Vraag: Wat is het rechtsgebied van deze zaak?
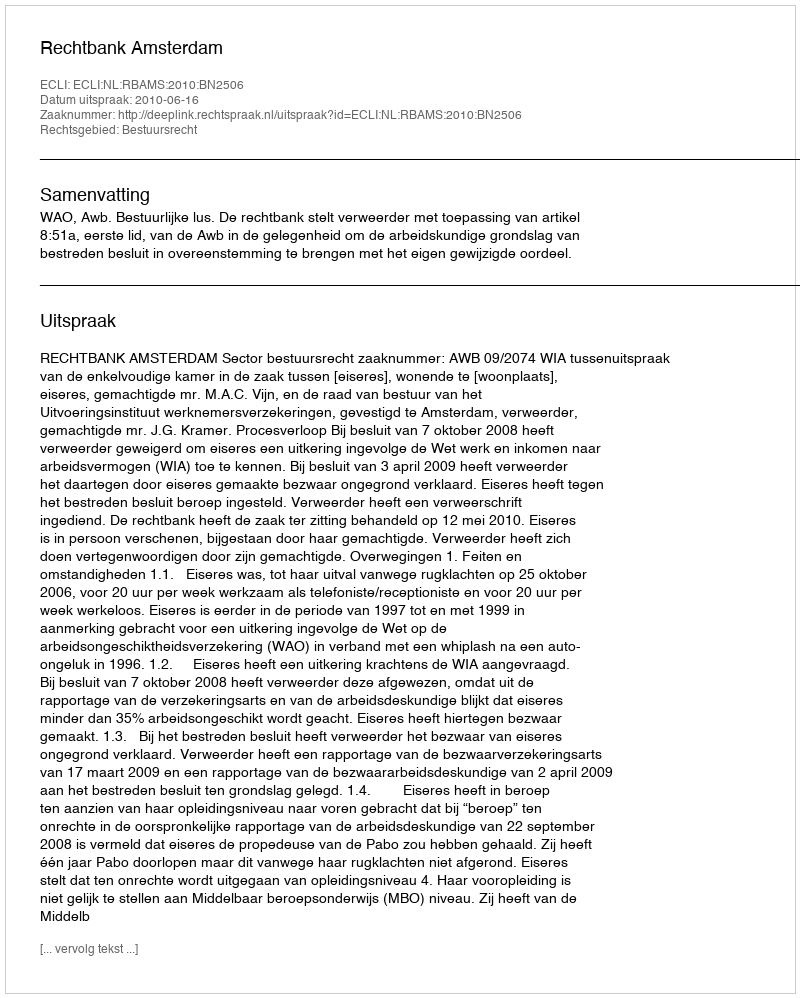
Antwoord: Bestuursrecht